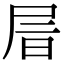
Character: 𡱔